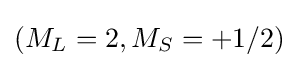
(M_{L}=2,M_{S}=+1/2)